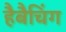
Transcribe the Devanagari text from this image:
हैबैचिंग